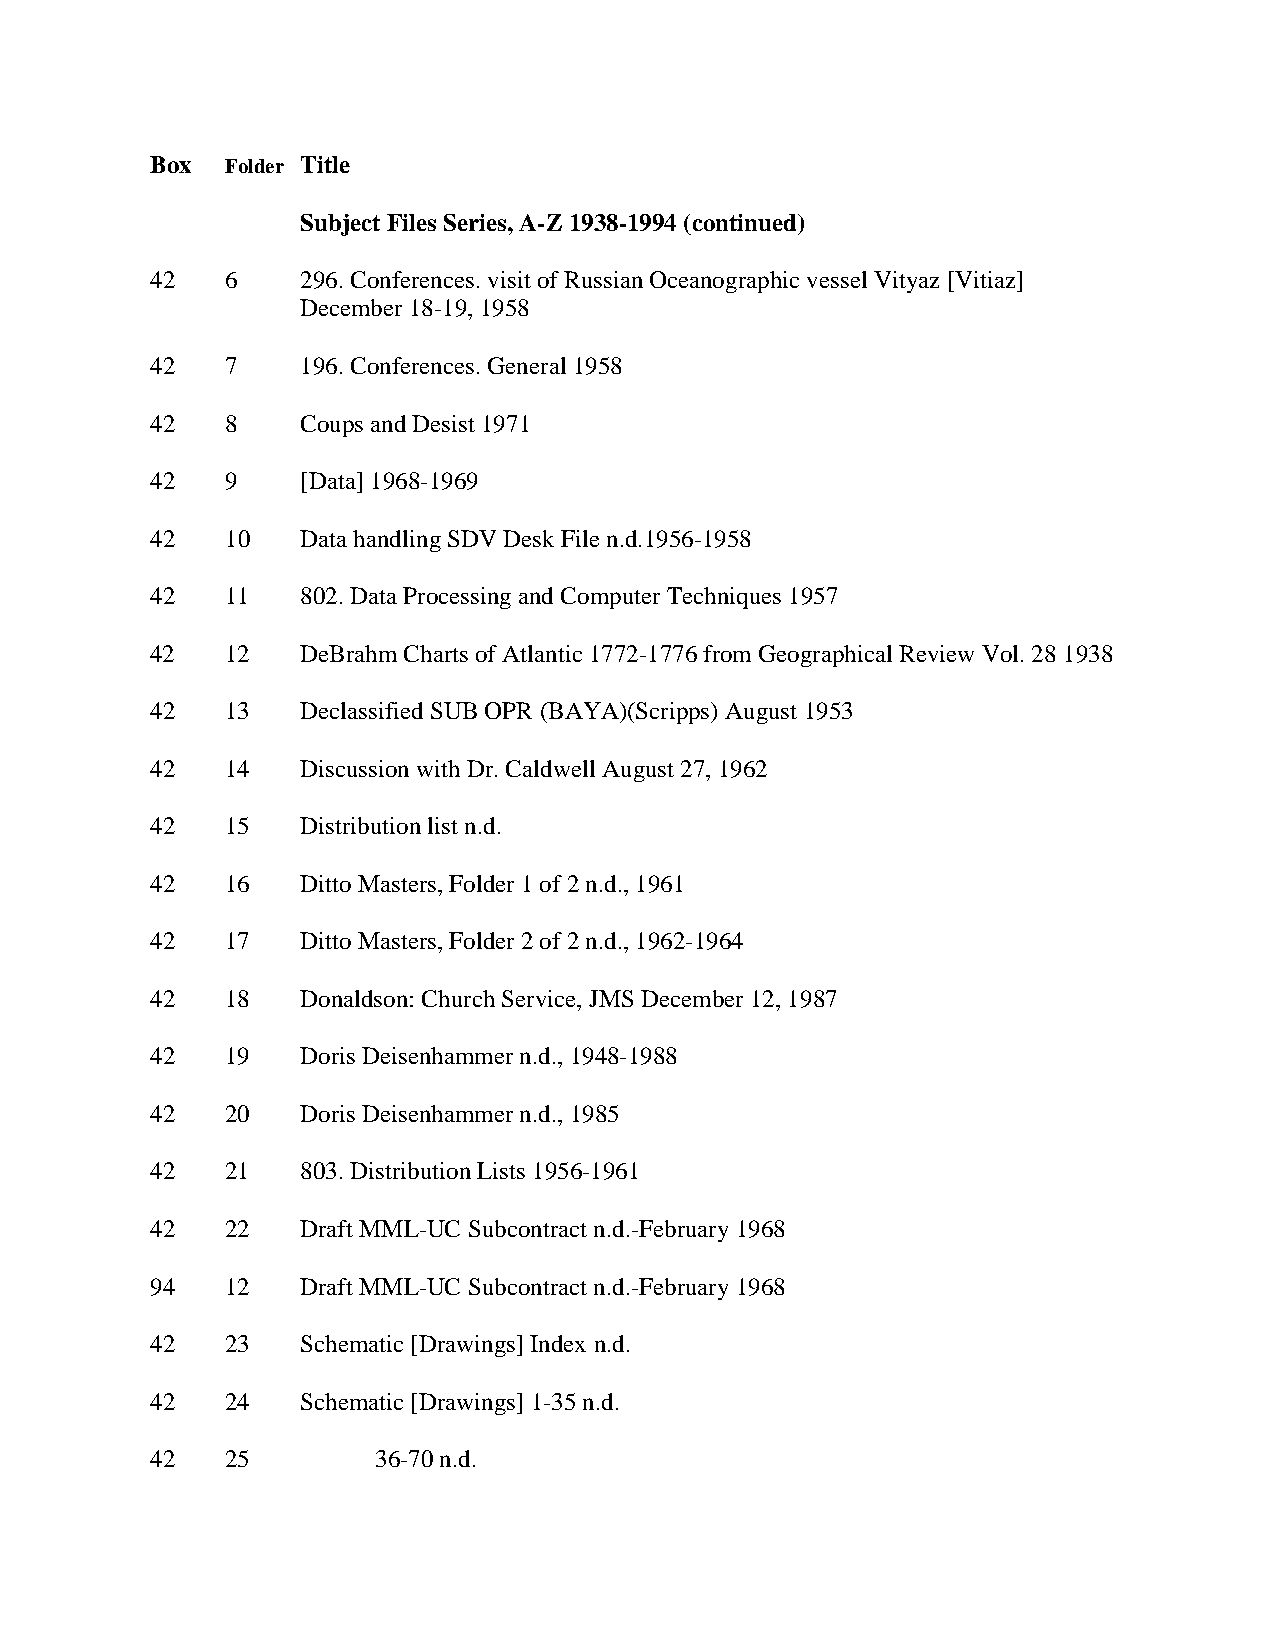
Box  Folder Title
 Subject Files Series, A-Z 1938-1994 (continued)
 42   6    296. Conferences. visit of Russian Oceanographic vessel Vityaz [Vitiaz]
 December 18-19, 1958
 42   7    196. Conferences. General 1958
 42   8    Coups and Desist 1971
 42   9    [Data] 1968-1969
 42   10   Data handling SDV Desk File n.d.1956-1958
 42   11   802. Data Processing and Computer Techniques 1957
 42   12   DeBrahm Charts of Atlantic 1772-1776 from Geographical Review Vol. 28 1938
 42   13   Declassified SUB OPR (BAYA)(Scripps) August 1953
 42   14   Discussion with Dr. Caldwell August 27, 1962
 42   15   Distribution list n.d.
 42   16   Ditto Masters, Folder 1 of 2 n.d., 1961
 42   17   Ditto Masters, Folder 2 of 2 n.d., 1962-1964
 42   18   Donaldson: Church Service, JMS December 12, 1987
 42   19   Doris Deisenhammer n.d., 1948-1988
 42   20   Doris Deisenhammer n.d., 1985
 42   21   803. Distribution Lists 1956-1961
 42   22   Draft MML-UC Subcontract n.d.-February 1968
 94   12   Draft MML-UC Subcontract n.d.-February 1968
 42   23   Schematic [Drawings] Index n.d.
 42   24   Schematic [Drawings] 1-35 n.d.
 42   25        36-70 n.d.